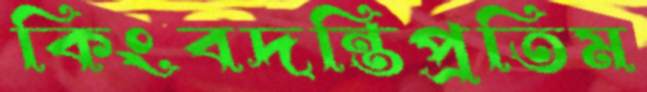
কিংবদন্তিপ্রতিম